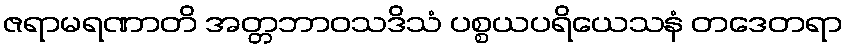
ဇရာမရဏာတိ အတ္တဘာဝသဒိသံ ပစ္စယပရိယေသနံ တဒေတရာ